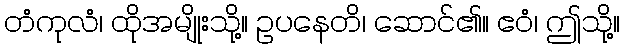
တံကုလံ၊ ထိုအမျိုးသို့။ ဥပနေတိ၊ ဆောင်၏။ ဧဝံ၊ ဤသို့။